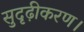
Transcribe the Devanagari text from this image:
सुदृढ़ीकरण।